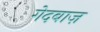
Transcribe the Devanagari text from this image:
गेदबाज़